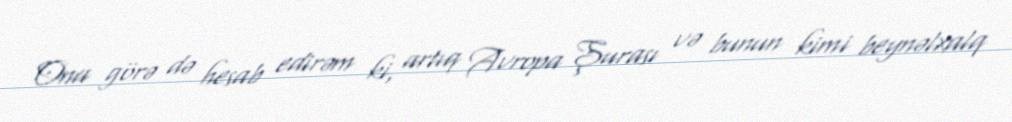
Ona görə də hesab edirəm ki, artıq Avropa Şurası və bunun kimi beynəlxalq